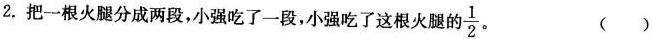
2.把一根火腿分成两段，小强吃了一段，小强吃了这根火腿的 $$\frac{1}{2}$$ ( )